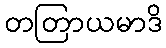
တတြာယမာဒိ